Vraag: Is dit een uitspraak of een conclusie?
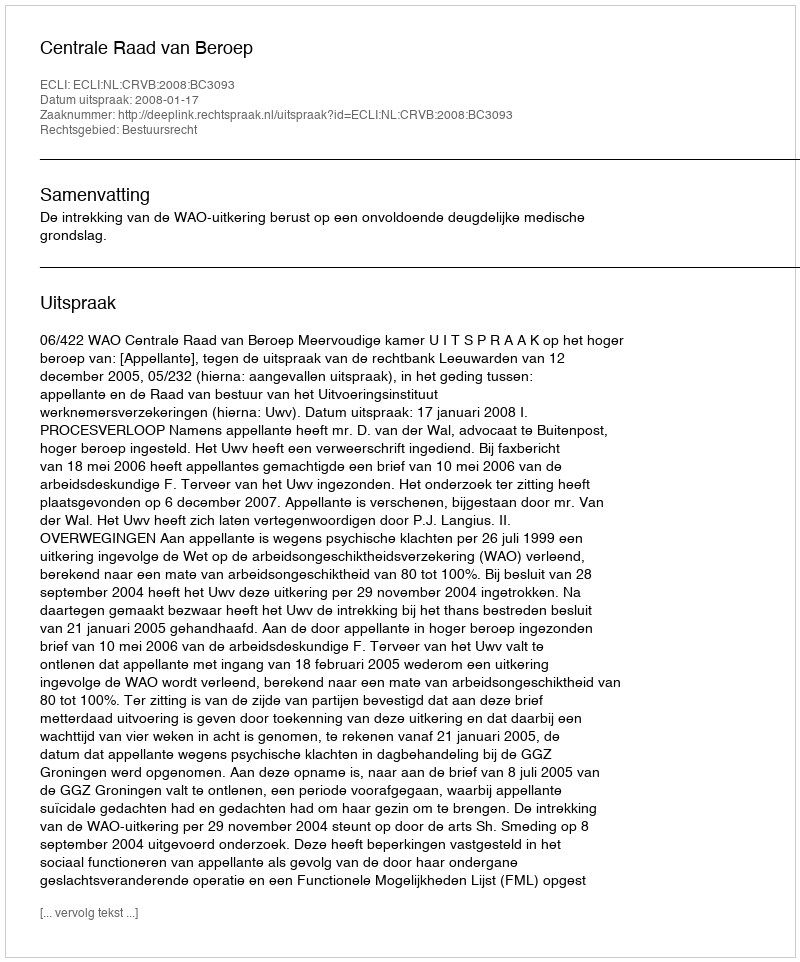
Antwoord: Uitspraak